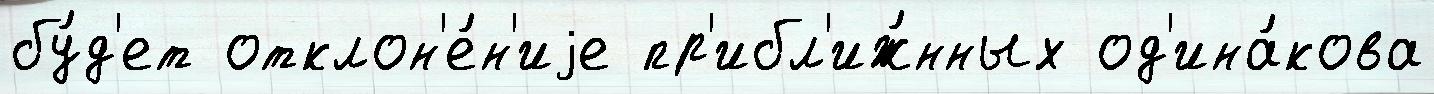
бу́д'ет отклон'е́н'иjе пр'ибл'иж́нных од'ина́кова